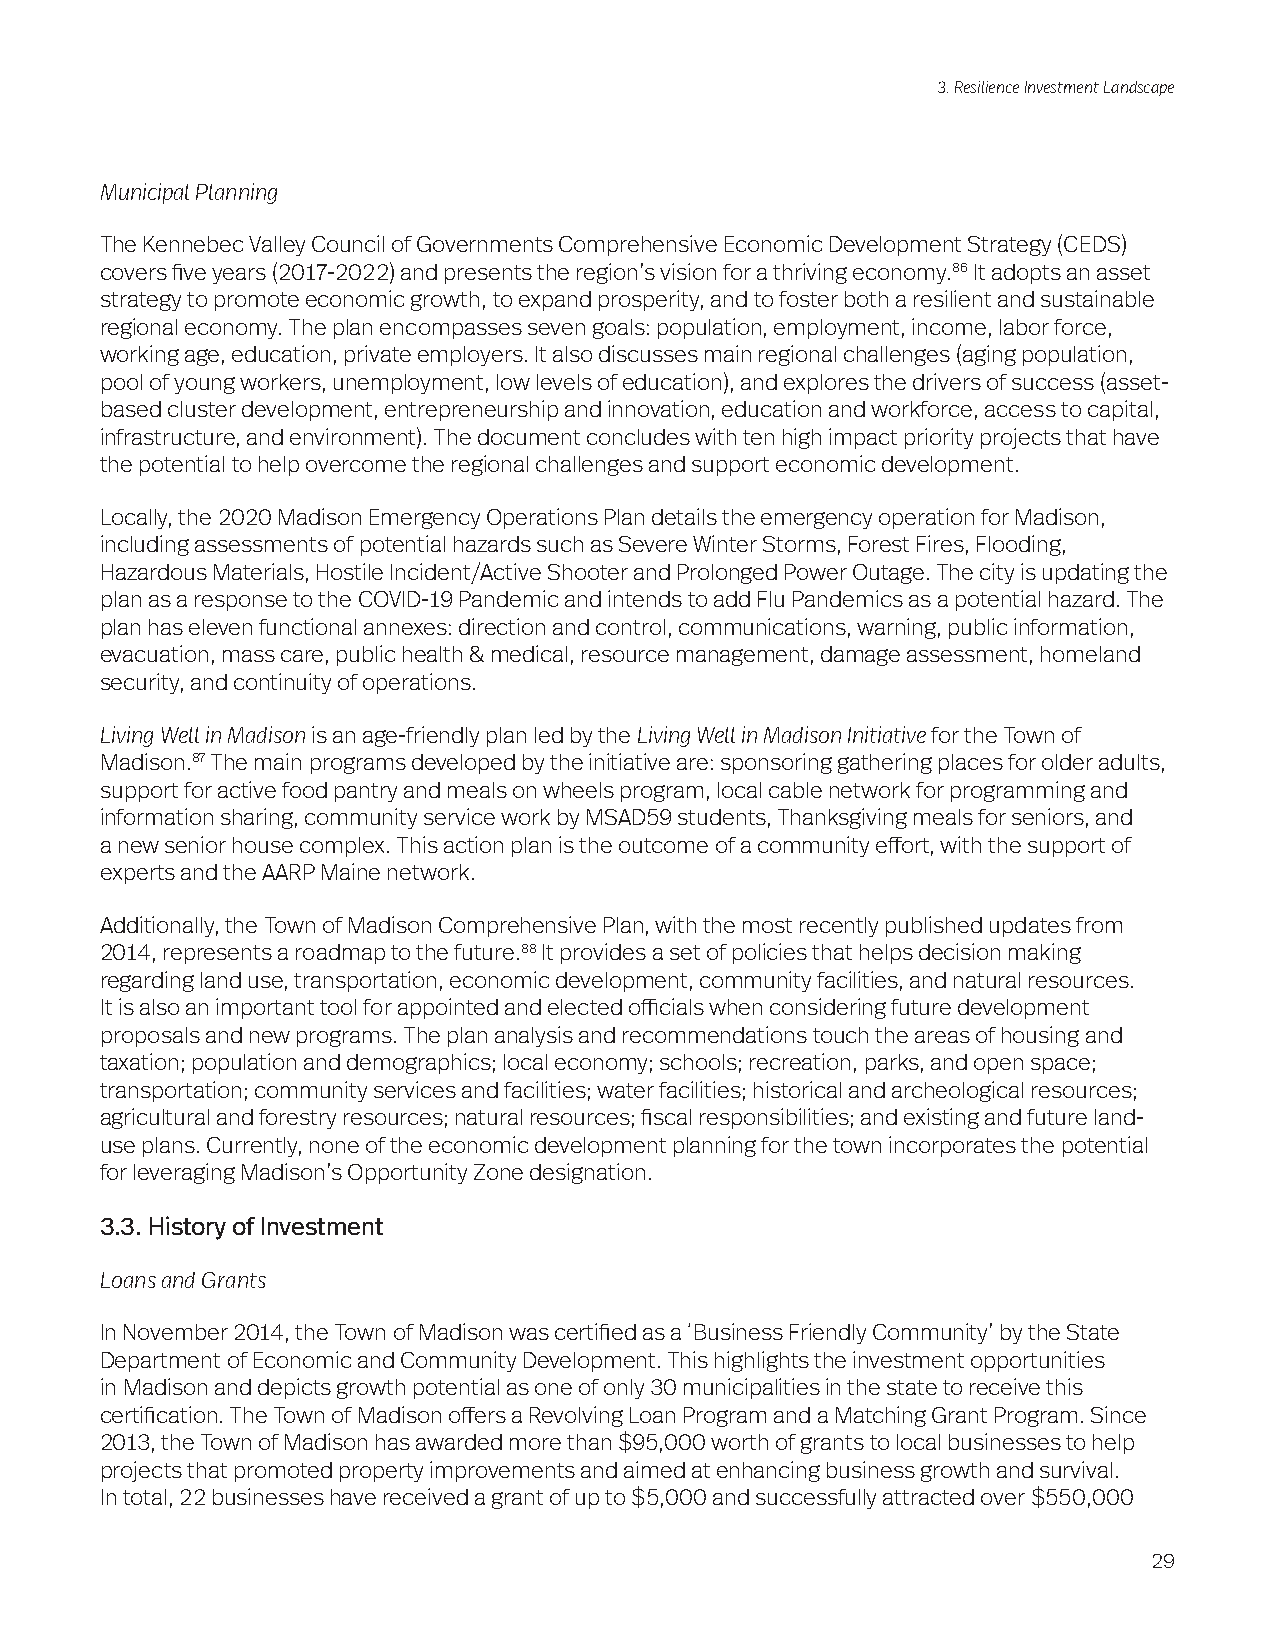
3. Resilience Investment Landscape
 Municipal Planning
 The Kennebec Valley Council of Governments Comprehensive Economic Development Strategy (CEDS)
 covers five years (2017-2022) and presents the region’s vision for a thriving economy.86 It adopts an asset
 strategy to promote economic growth, to expand prosperity, and to foster both a resilient and sustainable
 regional economy. The plan encompasses seven goals: population, employment, income, labor force,
 working age, education, private employers. It also discusses main regional challenges (aging population,
 pool of young workers, unemployment, low levels of education), and explores the drivers of success (asset-
 based cluster development, entrepreneurship and innovation, education and workforce, access to capital,
 infrastructure, and environment). The document concludes with ten high impact priority projects that have
 the potential to help overcome the regional challenges and support economic development.
 Locally, the 2020 Madison Emergency Operations Plan details the emergency operation for Madison,
 including assessments of potential hazards such as Severe Winter Storms, Forest Fires, Flooding,
 Hazardous Materials, Hostile Incident/Active Shooter and Prolonged Power Outage. The city is updating the
 plan as a response to the COVID-19 Pandemic and intends to add Flu Pandemics as a potential hazard. The
 plan has eleven functional annexes: direction and control, communications, warning, public information,
 evacuation, mass care, public health & medical, resource management, damage assessment, homeland
 security, and continuity of operations.
 Living Well in Madison is an age-friendly plan led by the Living Well in Madison Initiative for the Town of
 Madison.87 The main programs developed by the initiative are: sponsoring gathering places for older adults,
 support for active food pantry and meals on wheels program, local cable network for programming and
 information sharing, community service work by MSAD59 students, Thanksgiving meals for seniors, and
 a new senior house complex. This action plan is the outcome of a community effort, with the support of
 experts and the AARP Maine network.
 Additionally, the Town of Madison Comprehensive Plan, with the most recently published updates from
 2014, represents a roadmap to the future.88 It provides a set of policies that helps decision making
 regarding land use, transportation, economic development, community facilities, and natural resources.
 It is also an important tool for appointed and elected officials when considering future development
 proposals and new programs. The plan analysis and recommendations touch the areas of housing and
 taxation; population and demographics; local economy; schools; recreation, parks, and open space;
 transportation; community services and facilities; water facilities; historical and archeological resources;
 agricultural and forestry resources; natural resources; fiscal responsibilities; and existing and future land-
 use plans. Currently, none of the economic development planning for the town incorporates the potential
 for leveraging Madison’s Opportunity Zone designation.
 3.3. History of Investment
 Loans and Grants
 In November 2014, the Town of Madison was certified as a ‘Business Friendly Community’ by the State
 Department of Economic and Community Development. This highlights the investment opportunities
 in Madison and depicts growth potential as one of only 30 municipalities in the state to receive this
 certification. The Town of Madison offers a Revolving Loan Program and a Matching Grant Program. Since
 2013, the Town of Madison has awarded more than $95,000 worth of grants to local businesses to help
 projects that promoted property improvements and aimed at enhancing business growth and survival.
 In total, 22 businesses have received a grant of up to $5,000 and successfully attracted over $550,000
 29